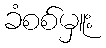
ခံစစ်မှူး